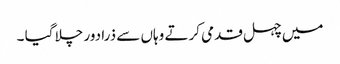
میں چہل قدمی کرتے وہاں سے ذرا دور چلا گیا ۔